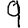
Digit: 9